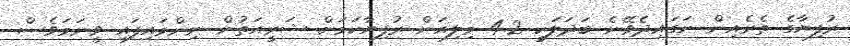
ރުފިޔާގެ ތެރެއިން ނަގައިދެވޭނެ ބަދަލަކީ 4.2 މިލިއަން ރުފިޔާކަމަށް ޝަރީއަތުން ނިންމައިފައި ވީނަމަވެސް